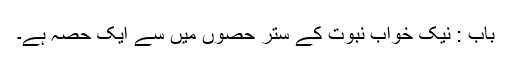
باب : نیک خواب نبوت کے ستر حصوں میں سے ایک حصہ ہے۔